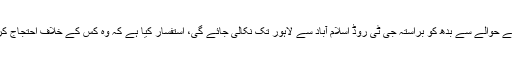
انہوں نے سابق وزیر اعظم نواز شریف کی اس ریلی کے حوالے سے بدھ کو براستہ جی ٹی روڈ اسلام آباد سے لاہور تک نکالی جائے گی، استفسار کیا ہے کہ وہ کس کے خلاف احتجاج کرنے کے لیے جی ٹی روڈ پر جلوس نکالنا چاہتے ہیں؟